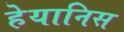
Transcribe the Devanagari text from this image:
हेयानिस